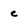
Character: e